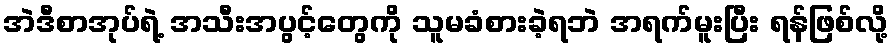
အဲဒီစာအုပ်ရဲ့ အသီးအပွင့်တွေကို သူမခံစားခဲ့ရဘဲ အရက်မူးပြီး ရန်ဖြစ်လို့